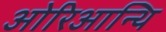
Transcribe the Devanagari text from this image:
ओरिआन्थि